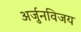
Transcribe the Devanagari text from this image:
अर्जुनविजय